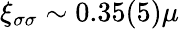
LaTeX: \xi_{\sigma\sigma}\sim 0.35(5)\mu